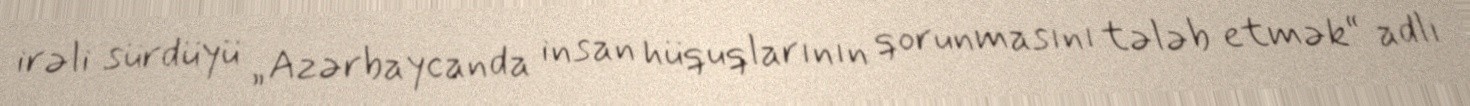
irəli sürdüyü „Azərbaycanda insan hüquqlarının qorunmasını tələb etmək“ adlı